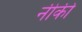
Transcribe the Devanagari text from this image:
नीकी